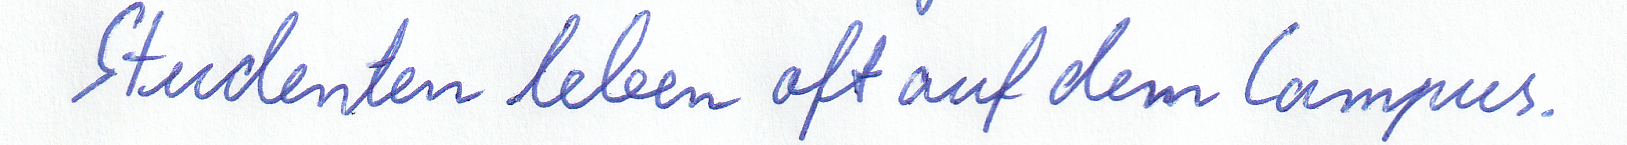
Studenten leben oft auf dem Campus.